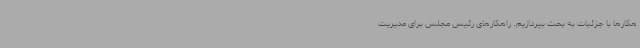
هکارها با جزئیات به بحث بپردازیم‌. راهکارهای رئیس مجلس برای مدیریت